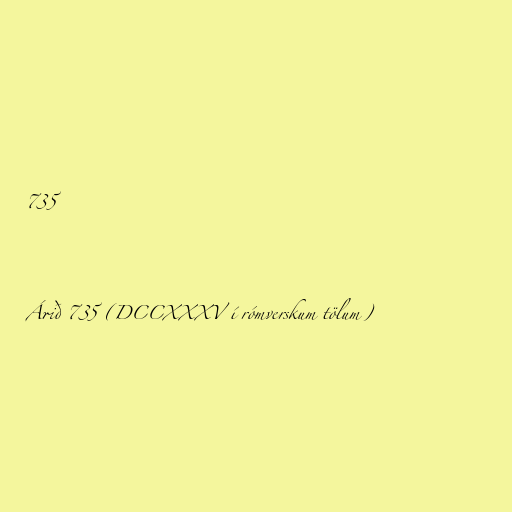
735

Árið 735 (DCCXXXV í rómverskum tölum)